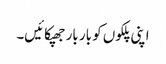
اپنی پلکوں کو بار بار جھپکائیں۔